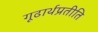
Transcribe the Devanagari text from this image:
गूढार्थप्रतीति